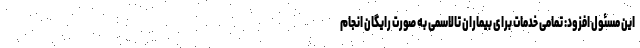
این مسئول افزود: تمامی خدمات برای بیماران تالاسمی به صورت رایگان انجام